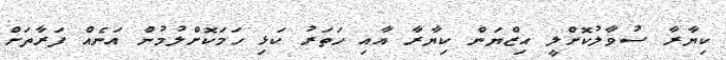
ކިޔާރާ ސުވާލުކޮށްލީ އިޒްޔަން ކިޔާރާ އާއި ހަތަރު ކަޅި ހަމަކޮށްލުމުން އަނެއް ފަރާތަށް